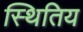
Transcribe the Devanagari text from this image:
स्थितिय